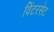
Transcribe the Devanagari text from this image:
विंटरसेट